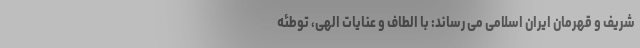
شریف و قهرمان ایران اسلامی می رساند: با الطاف و عنایات الهی، توطئه